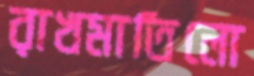
রাখমাতিলো